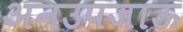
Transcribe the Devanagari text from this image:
अनउपजाऊ